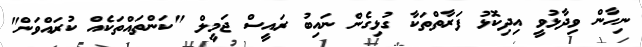
ނިހާން ވިދާޅުވީ އިދިކޮޅު ފަރާތްތަކާ ގުޅިގެން ނައިބު ރައީސް ޖަމީލް "ކަންތައްތަކެއް ކުރައްވަން"